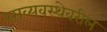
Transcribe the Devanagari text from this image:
रसव्यवस्थेवरील